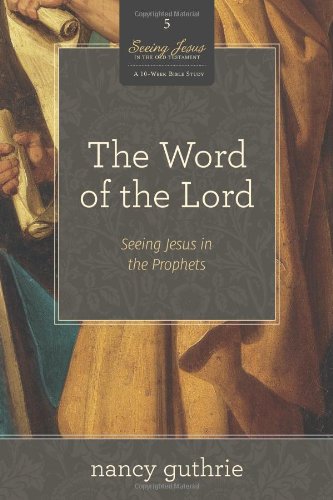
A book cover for The Word of the Lord (A 10-week Bible Study): Seeing Jesus in the Prophets (Seeing Jesus in the Old Testament); Nancy Guthrie; Christian Books & Bibles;